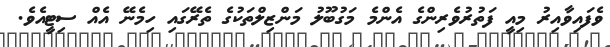
ވެފައިވާއިރު މިއީ ފަތުރުވެރިންގެ އެންމެ މަގުބޫލު މަންޒިލްތަކުގެ ތެރޭގައި ހިމެނޭ އެއް ސިޓީއެވެ.